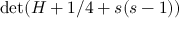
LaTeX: \operatorname* { d e t } ( H + 1 / 4 + s ( s - 1 ) )